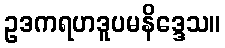
ဥဒကရဟဒူပမနိဒ္ဒေသ။